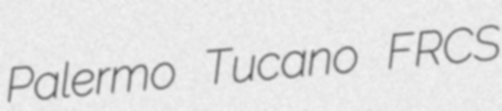
Palermo Tucano FRCS